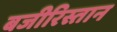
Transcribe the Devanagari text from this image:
बजीरिस्तान